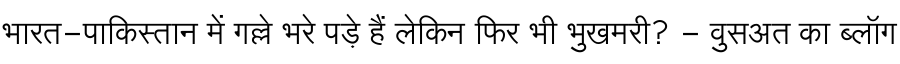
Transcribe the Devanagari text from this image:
भारत-पाकिस्तान में गल्ले भरे पड़े हैं लेकिन फिर भी भुखमरी? - वुसअत का ब्लॉग